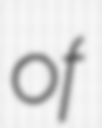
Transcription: of